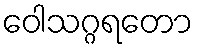
ဝေါသဂ္ဂရတော